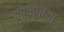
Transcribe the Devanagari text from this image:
लाभपाया